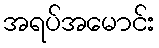
အရပ်အမောင်း